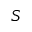
S